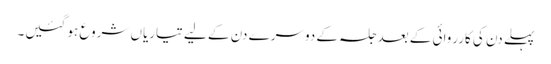
پہلے دن کی کارروائی کے بعد جلسہ کے دوسرے دن کے لیے تیاریاں شروع ہو گئیں۔